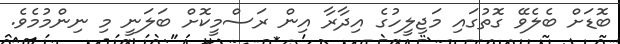
ބޮޑަށް ބެލެވޭ ގޮތުގައި މަޖިލީހުގެ އިދާރާ އިން ރަސްމީކޮށް ބަލަނީ މި ނިންމުމެވެ.